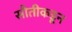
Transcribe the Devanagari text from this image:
सौतीकडून